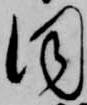
同